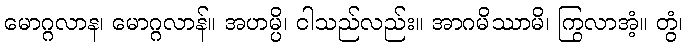
မောဂ္ဂလာန၊ မောဂ္ဂလာန်။ အဟမ္ပိ၊ ငါသည်လည်း။ အာဂမိဿာမိ၊ ကြွလာအံ့။ တွံ၊